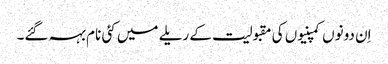
اِن دونوں کمپنیوں کی مقبولیت کے ریلے میں کئی نام بہہ گئے۔